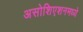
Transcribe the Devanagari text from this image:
असोशिएशनमध्ये